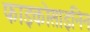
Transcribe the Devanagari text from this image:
फाइकोसाइनिन